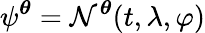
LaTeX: \psi^{\boldsymbol{\theta}}=\mathcal N^{\boldsymbol{\theta}}(t,\lambda,\varphi)